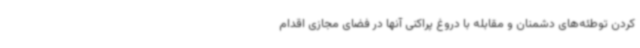
کردن توطئه‌های دشمنان و مقابله با دروغ پراکنی آنها در فضای مجازی اقدام